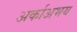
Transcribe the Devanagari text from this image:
अर्काअभय